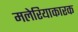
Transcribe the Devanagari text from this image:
मलेरियाकारक